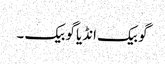
گو بیک انڈیا گو بیک ۔